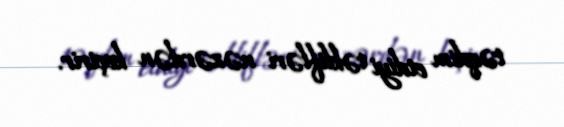
təqdim etdiyi təklifləri nəzərdən keçirir.